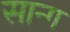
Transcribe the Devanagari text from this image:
सान्ग